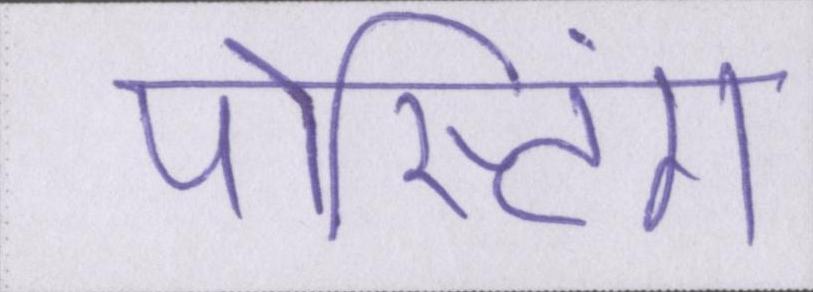
पोस्टिंग